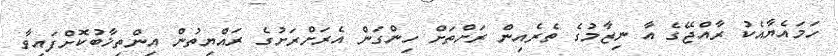
ހަމައެޔާއެކު ރާއްޖޭގެ އާ ނިޒާމުގެ ތެރެއިން ރަށްތަށް ހިންގަން އެރަށްރަށުގެ ރައްޔިތުން އިންތިޚާބުކޮށްފައިވާ